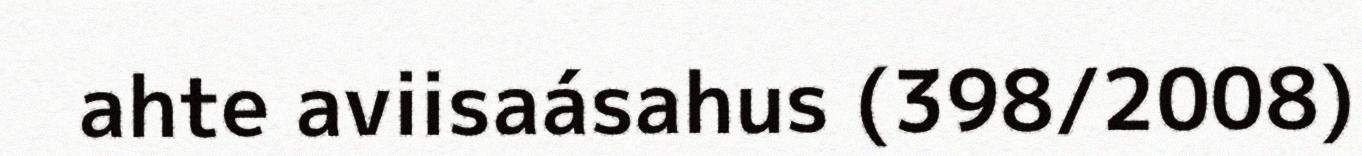
ahte aviisaásahus (398/2008)